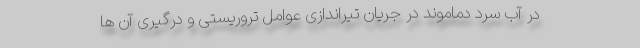
در آب سرد دماموند در جریان تیراندازی عوامل تروریستی و درگیری آن ها